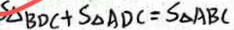
S \Delta B D C + S _ { \Delta } A D C = S _ { \Delta } A B C